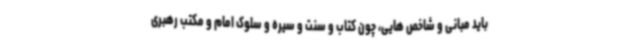
باید مبانی و شاخص هایی، چون کتاب و سنت و سیره و سلوک امام و مکتب رهبری